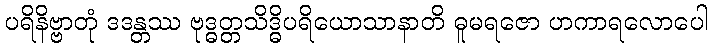
ပရိနိဗ္ဗာတုံ ဒဒန္တဿ ဗုဒ္ဓတ္တသိဒ္ဓိပရိယောသာနာတိ ဓူမရဇော ဟကာရလောပေါ